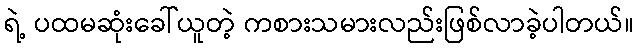
ရဲ့ ပထမဆုံးခေါ်ယူတဲ့ ကစားသမားလည်းဖြစ်လာခဲ့ပါတယ်။